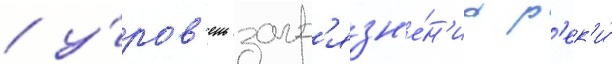
/ у́ров'ень загр'язн'е́н'иа р'ек'и́